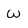
Character: w